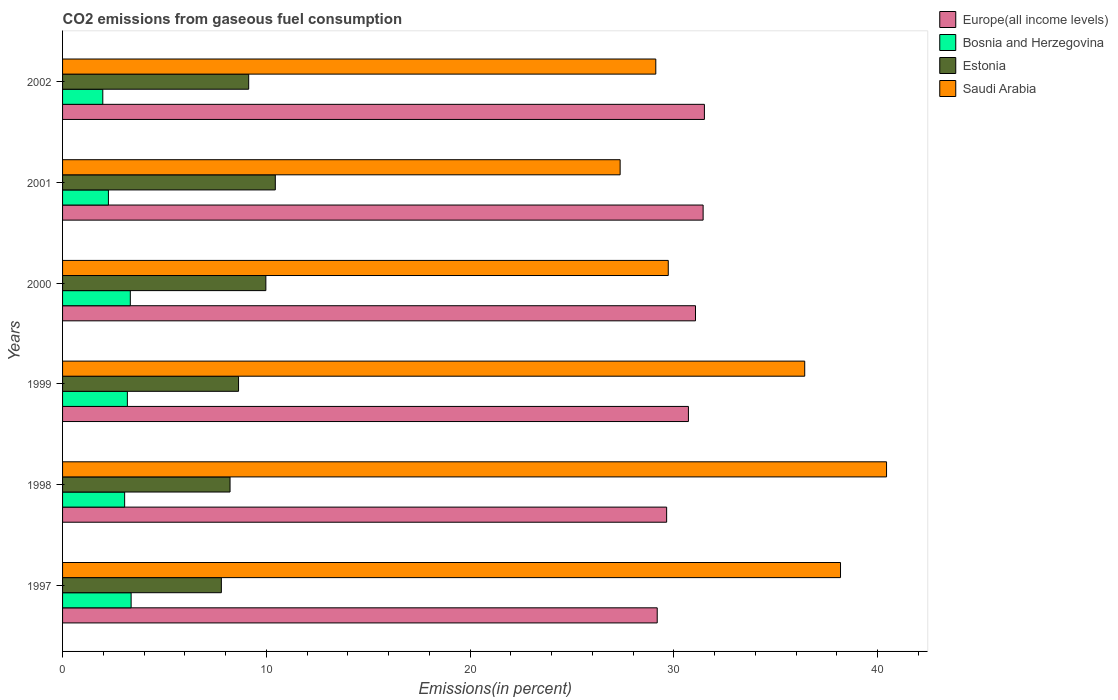
| Years | Europe(all income levels) | Bosnia and Herzegovina | Estonia | Saudi Arabia |
 | --- | --- | --- | --- | --- |
 | 1997 | 29.2 | 3.36 | 7.79 | 38.2 |
 | 1998 | 29.6 | 3.05 | 8.22 | 40.4 |
 | 1999 | 30.7 | 3.18 | 8.64 | 36.4 |
 | 2000 | 31.1 | 3.32 | 9.98 | 29.7 |
 | 2001 | 31.4 | 2.25 | 10.4 | 27.4 |
 | 2002 | 31.5 | 1.97 | 9.13 | 29.1 |